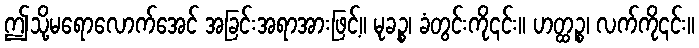
ဤသို့မရောလောက်အေင် အခြင်းအရာအားဖြင့်။ မုခဉ္စ၊ ခံတွင်းကို၎င်း။ ဟတ္ထဉ္စ၊ လက်ကို၎င်း။